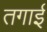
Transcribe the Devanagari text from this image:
तगाई